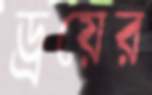
ড্রয়ের